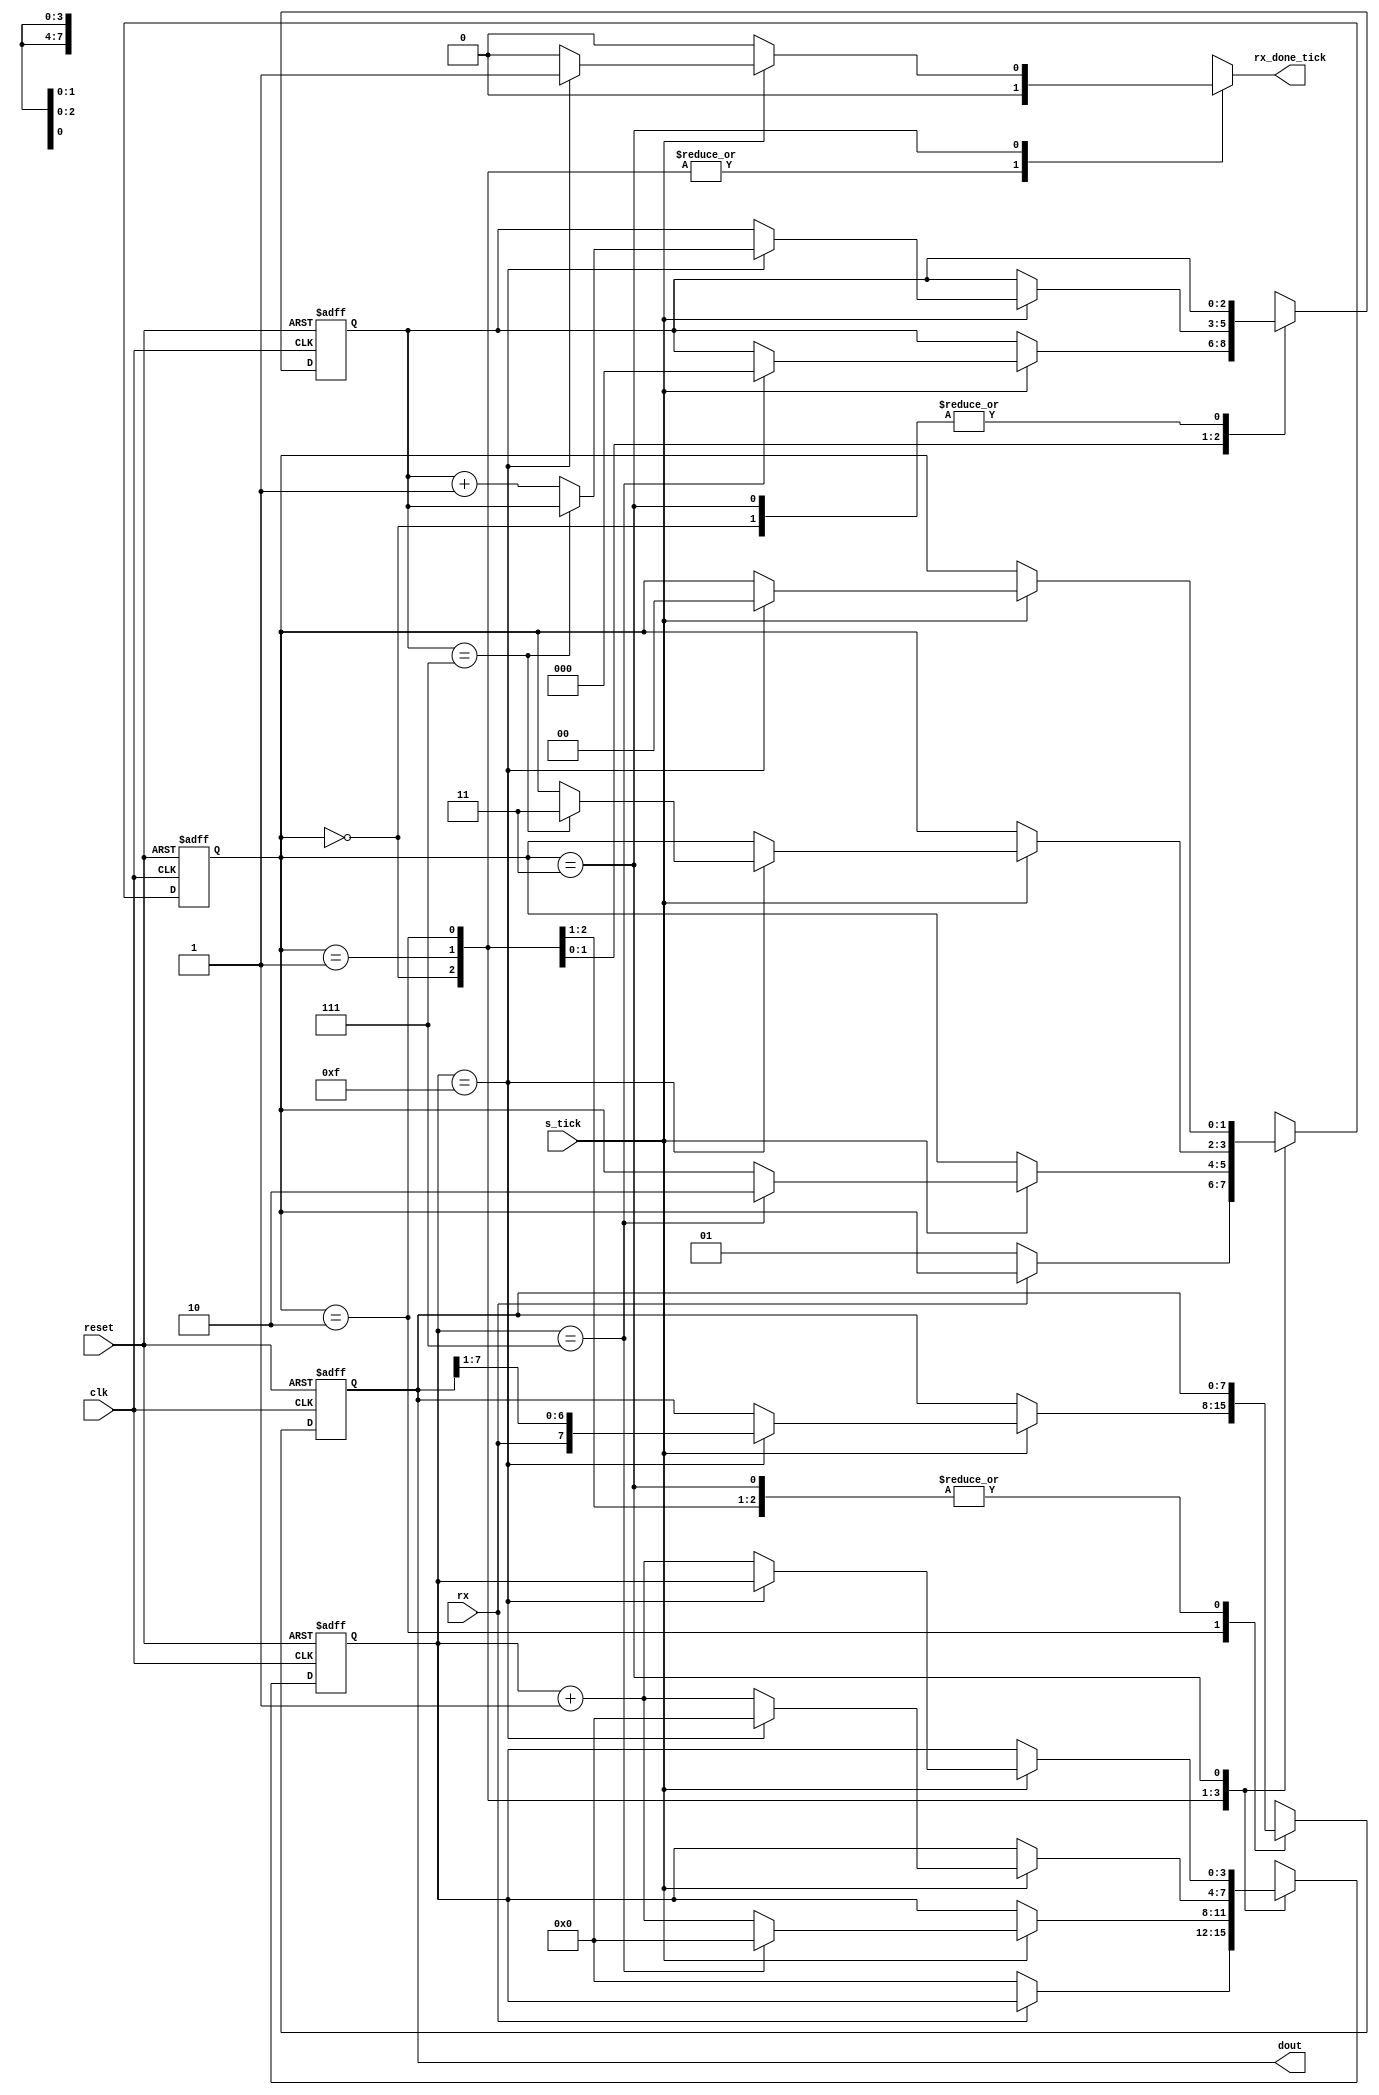
module uart_rx
    #(
	parameter D_BIT = 8,    // number of data bits
		  SB_TICK = 16  // number of ticks for stop bit 
     )
    (
	input wire clk, reset,
	input wire rx, s_tick,
	output reg rx_done_tick,
	output wire [7 : 0] dout
    );

    // symbolic state declaration
    localparam [1 : 0]
	idle = 2'b00,
	start = 2'b01,
	data = 2'b10,
	stop = 2'b11;

    // signal declaration
    reg [1 : 0] state_reg, state_next;
    reg [3 : 0] s_reg, s_next;
    reg [2 : 0] n_reg, n_next;
    reg [7 : 0] b_reg, b_next;

    // body
    // FSMD state & data registers
    always @(posedge clk, posedge reset)
	if(reset)
	    begin
		state_reg <= idle;
		s_reg <= 0;
		n_reg <= 0;
		b_reg <= 0;
	    end
	else
	    begin 
		state_reg <= state_next;
		s_reg <= s_next;
		n_reg <= n_next;
		b_reg <= b_next;
	    end

    // FSMD next-state logic
    always @*
	begin
	    state_next = state_reg;
	    rx_done_tick = 1'b0;
	    s_next = s_reg;
	    n_next = n_reg;
	    b_next = b_reg;

	    case(state_reg)
		idle : 
		    if(~rx)
			begin
			    state_next = start;
			    s_next = 0;
			end

		start : 
		    if(s_tick)
			if(s_reg == 7)
			    begin
				state_next = data;
				s_next = 0;
				n_next = 0;
			    end
		    else
			s_next = s_reg + 1;
		
		data :
		    if(s_tick)
			if(s_reg == 15)
			    begin
				s_next = 0;
				b_next = {rx, b_reg[7 : 1]};
				if(n_reg == (D_BIT - 1))
				    state_next = stop;
				else
				    n_next = n_reg + 1;
			    end
			else
			    s_next = s_reg + 1;

		stop : 
		    if(s_tick)
			if(s_reg == (SB_TICK - 1))
			    begin
				state_next = idle;
				rx_done_tick = 1'b1;
			    end
			else
			    s_next = s_reg + 1;
	    endcase
	end
    //output
    assign dout = b_reg;
endmodule